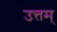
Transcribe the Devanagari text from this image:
उत्तम्